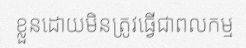
ខ្លួនដោយមិនត្រូវធ្វើជាពលកម្ម